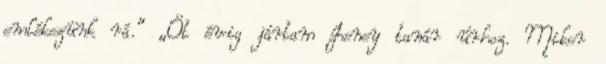
emlékezünk rá." „Öt évig jártam Jeney tanár úrhoz. Mikor